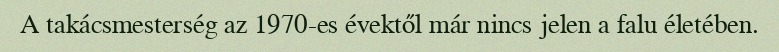
A takácsmesterség az 1970-es évektől már nincs jelen a falu életében.